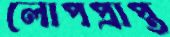
লোপপ্রাপ্ত